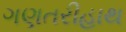
ગણતરીહાથ